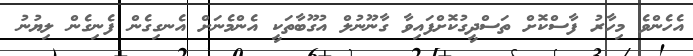
އެހެންވެ މިހާރު ފާސްކޮށް ތަސްދީގުކޮށްފައިވާ ގާނޫނުލް އުގޫބާތަކީ އެންމެނަށް އެނގިގެން ފެނިގެން ލިޔުނު